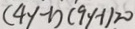
( 4 y - 1 ) ( 9 y - 1 ) > 0